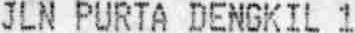
JLN PURTA DENGKIL 1